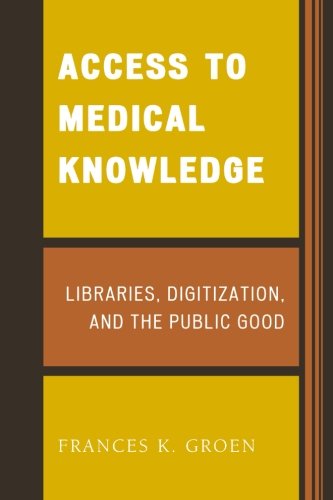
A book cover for Access to Medical Knowledge: Libraries, Digitization, and the Public Good; Frances K. Groen; Medical Books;